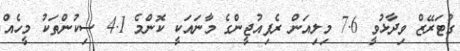
ގުޓަރޭޒް ވިދާޅުވީ 7.6 މިލިއަން ރެފިއުޖީންގެ މާނައަކީ ކޮންމެ 4.1 ސިކުންތަކު މީހެއް